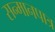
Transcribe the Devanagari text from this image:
सन्‍मानपात्र